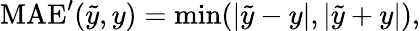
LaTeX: \begin{array}{r}{\mathrm{MAE}^{\prime}(\tilde{y},y)=\operatorname*{min}(|\tilde{y}-y|,|\tilde{y}+y|),}\end{array}